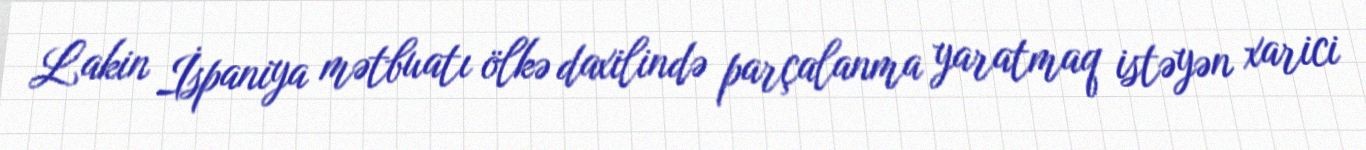
Lakin İspaniya mətbuatı ölkə daxilində parçalanma yaratmaq istəyən xarici